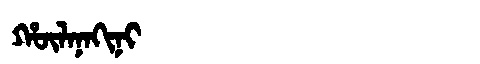
Manchu: ᡥᡡᠯᠠᠨᠠᡴᡳᠨᡳ
Romanization: HŪLANAKINI